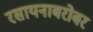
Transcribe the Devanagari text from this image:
रसायनाबरोबर